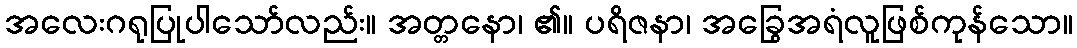
အလေးဂရုပြုပါသော်လည်း။ အတ္တနော၊ ၏။ ပရိဇနာ၊ အခြွေအရံလူဖြစ်ကုန်သော။